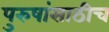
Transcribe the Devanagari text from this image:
पुरुषांसाठीच